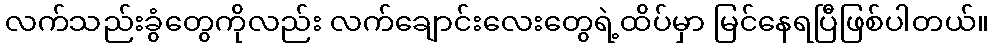
လက်သည်းခွံတွေကိုလည်း လက်ချောင်းလေးတွေရဲ့ထိပ်မှာ မြင်နေရပြီဖြစ်ပါတယ်။